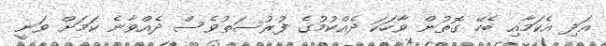
އަދި އެކަމާއި ބެހޭ ގޮތުން ވާހަކަ ދެއްކުމުގެ ފުރުސަތުވެސް ދެއްވާނެ ކަމަށް ވަނީ